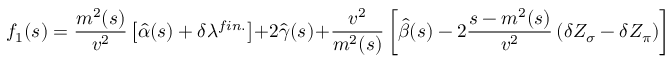
f _ { 1 } ( s ) = \frac { m ^ { 2 } ( s ) } { v ^ { 2 } } \left[ \hat { \alpha } ( s ) + \delta \lambda ^ { f i n . } \right] + 2 \hat { \gamma } ( s ) + \frac { v ^ { 2 } } { m ^ { 2 } ( s ) } \left[ \hat { \beta } ( s ) - 2 \frac { s - m ^ { 2 } ( s ) } { v ^ { 2 } } \left( \delta Z _ { \sigma } - \delta Z _ { \pi } \right) \right]